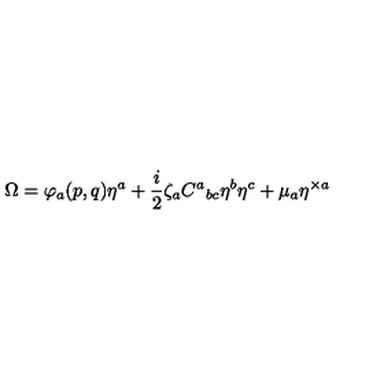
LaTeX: \Omega = \varphi _ { a } ( p , q ) \eta ^ { a } + \frac { i } { 2 } \zeta _ { a } C ^ { a } { } _ { b c } \eta ^ { b } \eta ^ { c } + \mu _ { a } \eta ^ { \times a }